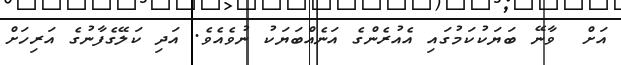
އަށް  ވާނޭ ބަޔަކުކަމުގައި އެއުރެންގެ އަނެއްބަޔަކު ނުވެއެވެ. އަދި ކަލޭގެފާނުގެ އަރިހަށް